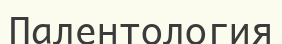
Палентология